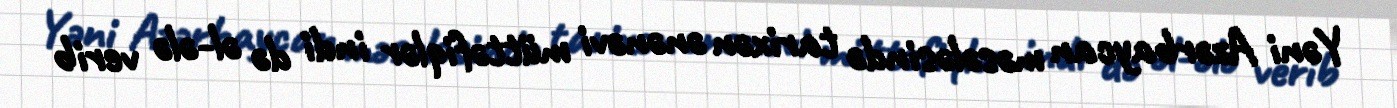
Yəni Azərbaycan məsələsində tarixən ənənəvi müttəfiqlər indi də əl-ələ verib